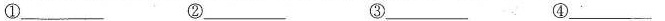
①___ ②___ ③ ___ ④___